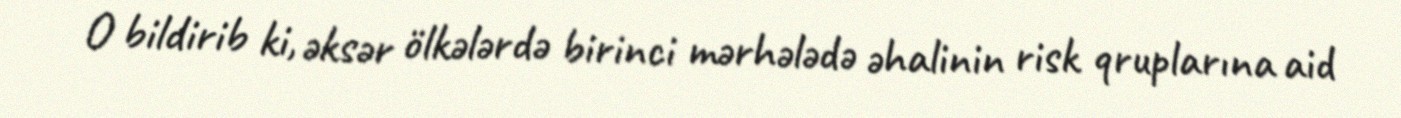
O bildirib ki, əksər ölkələrdə birinci mərhələdə əhalinin risk qruplarına aid